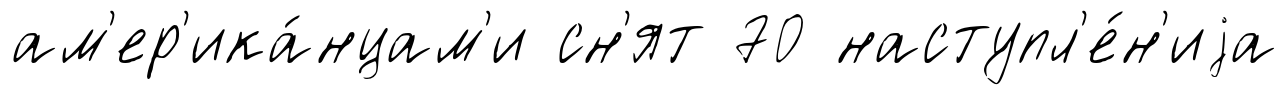
ам'ер'ика́нцам'и сн'ят 70 наступл'е́н'иjа